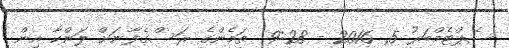
ސެޕްޓެމްބަރު 5